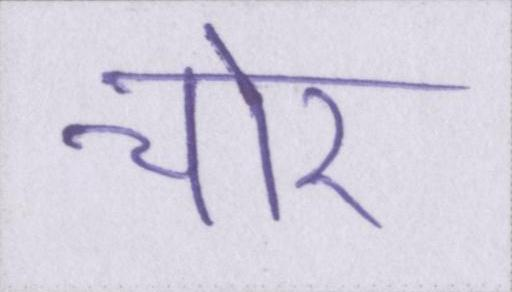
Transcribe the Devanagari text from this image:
चोर